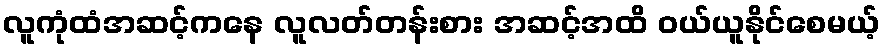
လူကုံထံအဆင့်ကနေ လူလတ်တန်းစား အဆင့်အထိ ဝယ်ယူနိုင်စေမယ့်